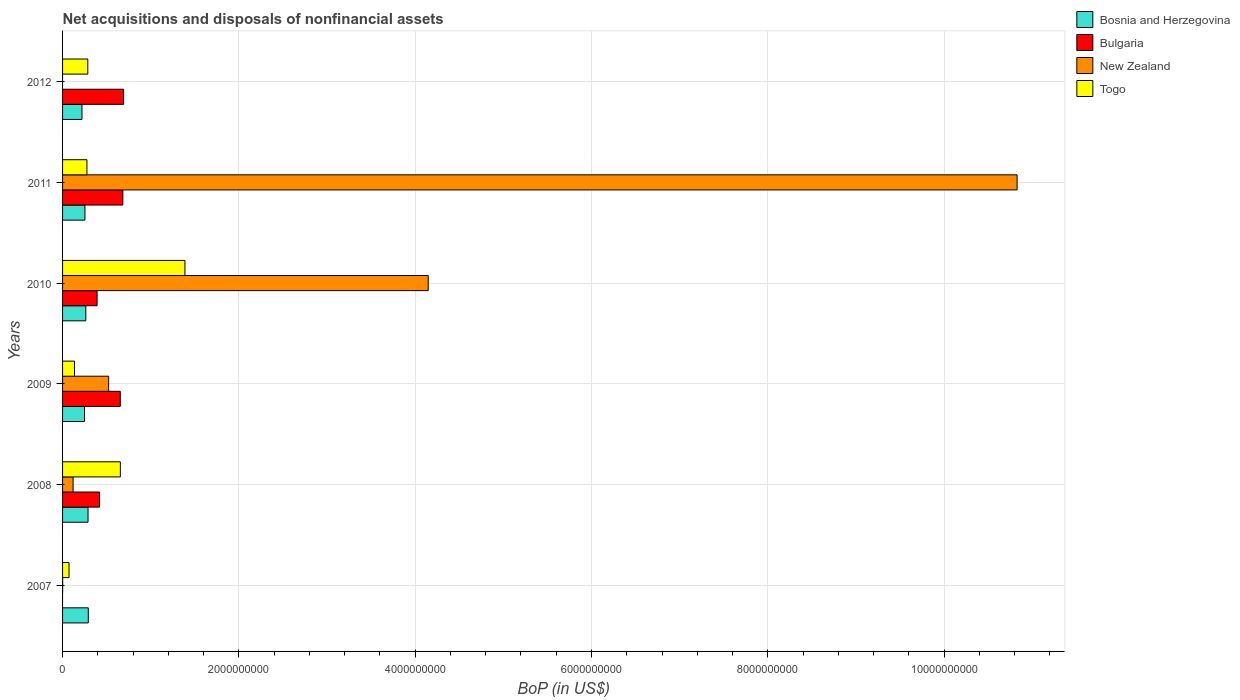
| Years | Bosnia and Herzegovina | Bulgaria | New Zealand | Togo |
 | --- | --- | --- | --- | --- |
 | 2007 | 2.92e+08 | -8.53e+08 | 7.64e+05 | 7.34e+07 |
 | 2008 | 2.89e+08 | 4.2e+08 | 1.19e+08 | 6.56e+08 |
 | 2009 | 2.49e+08 | 6.55e+08 | 5.23e+08 | 1.35e+08 |
 | 2010 | 2.64e+08 | 3.91e+08 | 4.15e+09 | 1.39e+09 |
 | 2011 | 2.54e+08 | 6.84e+08 | 1.08e+10 | 2.76e+08 |
 | 2012 | 2.2e+08 | 6.92e+08 | -7.19e+06 | 2.86e+08 |